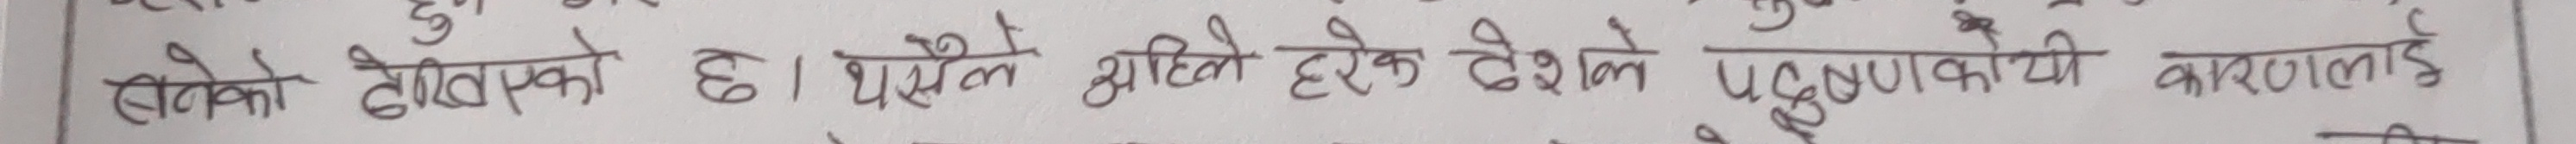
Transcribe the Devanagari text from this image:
खतको शीर्षकको छ। यसैले अहिले हरेक देशले प्रदुषणको कारणलाई